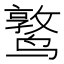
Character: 𬸫